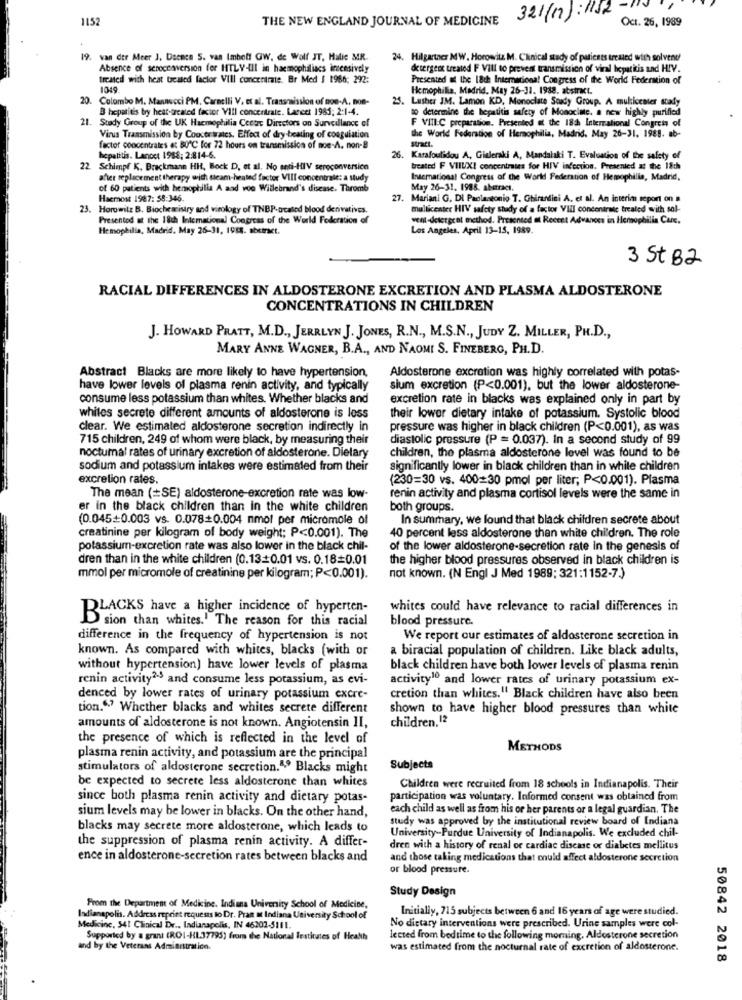
1152
THE NEW ENGLAND JOURNAL OF MEDICINE
321(17):1112
Oct. 26, 1989
19. van der Meer J. Daenen 5. van Imbott GW, de Wolf JT, Halie MR.
24. Hilgartner MW. Horowitz M. Clinical study of patients treated with solvent
Absence of seroccaversion for HTLV-4IL in haemophiliacs inensively
detergens treated FF VIII to prevent transmission of viral hepatitis and HIV.
treated with heat treated factor Vill concentrate. Br Med I 1966; 292:
Presented of the 18th International Congress of the World Federation of
1049
Hemophilia, Madrid, May 26-31. 1988. abstract.
20. Colombo M. Mannucci PM, Carnelli V. et al. Transmission of non-A. non-
25. Lusher JM. Lamon KD, Monoclate Sosy Group. A multicenter stady
B hepatitis by heat-treated factor Vill concertrale. Lancet 1985; 2:1-4.
to determine the hepatitis safety of Monocinte. a new highly purified
21. Stady Group of the UK Haemophilia Cette Directors on Surveillance of
F VIII:C preparation. Presented at the 18à International Congress of
Virus Transmission by Concer wales. Effect of dry-beating of coagulation
the World Federation of Hemophilia, Madrid. May 26-31. 1988. ab-
stract.
factor concentrates at 80 ℃ for 72 hours on transmission of noe-A. non-B
hepatitis. Lancet 1988; 2:814-6.
26.
Karafoulidou A. Ginleraki A, Mandalaki T. Evaluation of the safety of
22 Schimpf K. Brockmann HH, Bock D. et al. No anti-HIV seroconversich
treated F VIIUXI concentrates for HIV infection, Presented at the 18ch
after replacement therapy with team-heated factor VIII concentrale: a study
International Congress of the World Federation of Hemophilia, Madrid,
of 60 patients with hemophilia A and von Willebrand's disease. Thromb
May 26-31. 1988. abstract.
Hacmost 1987: 58:346.
27. Mariani G. Di Paolantonio T. Ghirardini A. et al. An interim report on #
23. Horowitz B. Biochemistry and virology of TNBP-ucated blood derivatives.
multicenter HIV safety shady of a factor VIII concentrate treated with sol-
Presented at the 18ch Intemational Congress of the World Federation of
west-detergrat method. Presented at Recent Advances in Hemophilia Care.
Hemophilia, Madrid, May 26-31, 1988. aberet.
Los Angeles, April 13-15, 1989.
3 St B2
RACIAL DIFFERENCES IN ALDOSTERONE EXCRETION AND PLASMA ALDOSTERONE
CONCENTRATIONS IN CHILDREN
J. HOWARD PRATT, M.D ., JERRLYN J. JONES, R.N ., M.S.N ., JUDY Z. MILLER, PH.D .,
MARY ANNE WAGNER, B.A ., AND NAOMI S. FINEBERG, PH.D.
Abstract Blacks are more likely to have hypertension,
Aldosterone excretion was highly correlated with potas-
have lower levels of plasma renin activity, and typically
sium excretion (P<0.001), but the lower aldosterone-
consume less potassium than whites. Whether blacks and
excretion rate in blacks was explained only in part by
whites secrete different amounts of aldosterone is loss
their lower dietary intake of potassium. Systolic blood
clear. We estimated aldosterone secretion indirectly in
pressure was higher in black children (P<0.001), as was
715 children, 249 of whom were black, by measuring their
diastolic pressure (P = 0.037). In a second study of 99
noctumal rates of urinary excretion of aldosterone. Dielary
children, the plasma aldosterone level was found to be
sodium and potassium intakes were estimated from their
significantly lower in black children than in white children
excretion rates
(230=30 vs. 400=30 pmol per liter; P<0.001). Plasma
The mean (=SE) aldosterone-excretion rate was low-
renin activity and plasma cortisol levels were the same in
er in the black children than in the white children
both groups.
(0.045+0.003 vs. 0.078+0.004 nmol per micromole of
In summary, we found that black children secrete about
creatinine per kilogram of body weight; P<0.001). The
40 percent less aldosterone than white children. The role
potassium-excretion rate was also lower in the black chil-
of the lower aldosterone-secretion rate in the genesis of
dren than in the white children (0.13+0.01 vs. 0.18=0.01
the higher blood pressures observed in black children is
mmol per micromole of creatinine per kilogram; P<0.001).
not known. (N Engl J Med 1989; 321:1152-7.)
whites could have relevance to racial differences in
BLACKS have a higher incidence of hyperten-
sion than whites.' The reason for this racial
blood pressure.
difference in the frequency of hypertension is not
We report our estimates of aldosterone secretion in
known. As compared with whites, blacks (with or
a biracial population of children. Like black adults,
without hypertension) have lower levels of plasma
black children have both lower levels of plasma renin
renin activity2-5 and consume less potassium, as evi-
activity10 and lower rates of urinary potassium ex-
denced by lower rates of urinary potassium excre-
cretion than whites." Black children have also been
tion.“? Whether blacks and whites secrete different
shown to have higher blood pressures than white
children,12
amounts of aldosterone is not known. Angiotensin II,
the presence of which is reflected in the level of
METHODS
plasma renin activity, and potassium are the principal
stimulators of aldosterone secretion.4.º Blacks might
Subjects
be expected to secrete less aldosterone than whites
Children were recruited from 18 schools in Indianapolis. Their
since both plasma renin activity and dietary potas-
participation was voluntary. Informed consent was obtained from
sium levels may be lower in blacks. On the other hand,
each child as well as from his or her parents or a legal guardian. The
study was approved by the institutional review board of Indiana
blacks may secrete more aldosterone, which leads to
University-Purdue University of Indianapolis. We excluded chil-
the suppression of plasma renin activity. A differ-
dren with a history of renal or cardiac disease or diabetes mellitus
ence in aldosterone-secretion rates between blacks and
and those taking medications that could affect aldosterone secretion
or blood pressure.
Study Design
From the Department of Medicine. Indiana University School of Medicine,
Initially, 715 subjects between 6 and 16 years of age were studied.
Indianapolis. Address reprint requests lo Dr. Pran at Indiana University School of
Medicine, 541 Clinical Dr ., Indianapolis, IN 46202-5111.
No dietary interventions were prescribed. Urine samples were col-
Supported by & grani (ROI-HL37795) from the National Testicules of Health
lected from bedtime to the following morning. Aldosterone secretion
and by the Veterans Administration.
was estimated from the nocturnal rate of excretion of aldosterone.
50842 2018